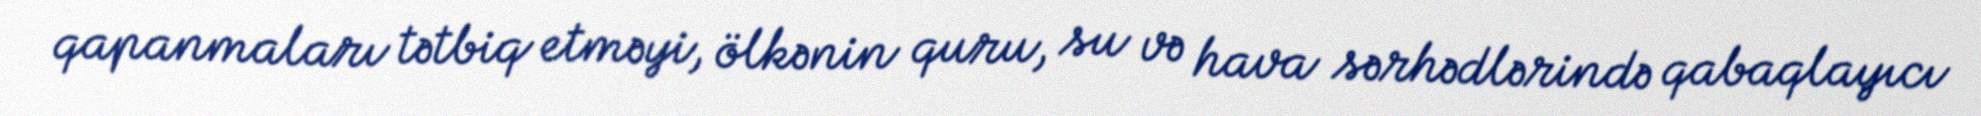
qapanmaları tətbiq etməyi, ölkənin quru, su və hava sərhədlərində qabaqlayıcı